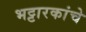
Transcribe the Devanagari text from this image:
भट्टारकांचे